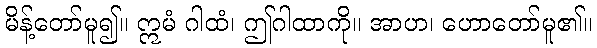
မိန့်တော်မူ၍။ ဣမံ ဂါထံ၊ ဤဂါထာကို။ အာဟ၊ ဟောတော်မူ၏။